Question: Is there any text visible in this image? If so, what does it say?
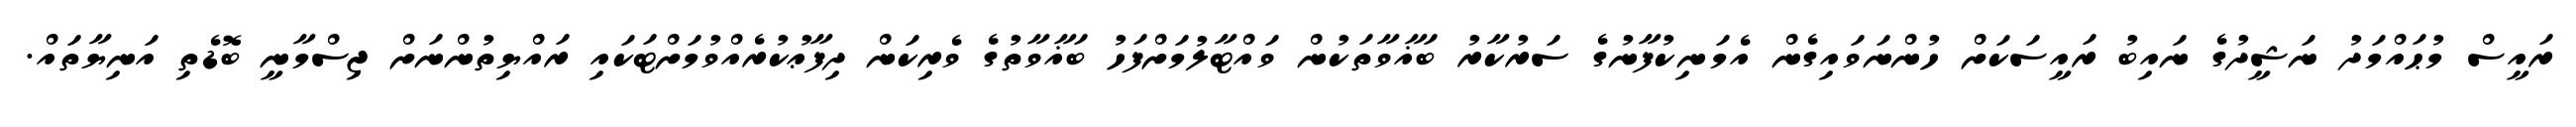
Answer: ރައީސް މުޙައްމަދު ނަޝީދުގެ ނައިބު ރައީސަކަށް ހުންނަވައިގެން އެމަނިކުފާނުގެ ސަރުކާރު ބަޣާވާތަކުން ވައްޓާލުމަށްފަހު ބަޣާވާތުގެ ވެރިކަން ދިފާޢުކުރެއްވުމަށްޓަކައި ރައްޔިތުންނަށް ޖިސްމާނީ ބޮޑެތި އަނިޔާތައް.